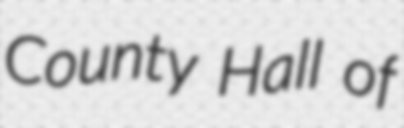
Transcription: County Hall of